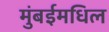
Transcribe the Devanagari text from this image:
मुंबईमधिल